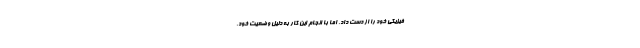
فیزیکی خود را از دست داد، اما با انجام این کار به دلیل وضعیت خود،